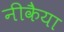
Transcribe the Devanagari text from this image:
नीकैया